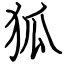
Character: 狐